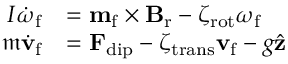
\begin{array} { r l } { I \dot { \boldsymbol { \omega } } _ { \mathrm { f } } } & { = \mathbf { m } _ { \mathrm { f } } \times \mathbf { B } _ { \mathrm { r } } - \zeta _ { \mathrm { r o t } } \boldsymbol { \omega } _ { \mathrm { f } } } \\ { \mathfrak { m } \dot { \mathbf { v } } _ { \mathrm { f } } } & { = \mathbf { F } _ { \mathrm { d i p } } - \zeta _ { \mathrm { t r a n s } } \mathbf { v } _ { \mathrm { f } } - g \hat { \mathbf { z } } } \end{array}